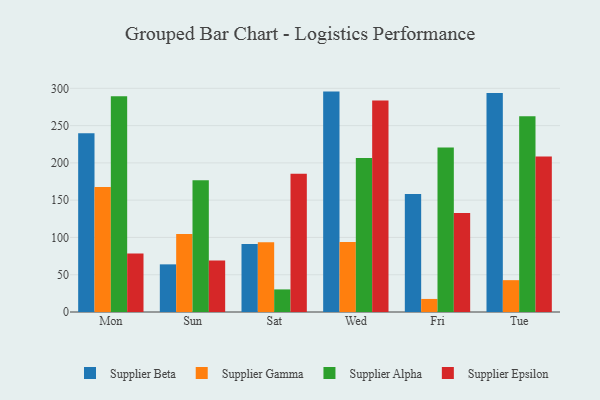
{"axis": {"x": "Day", "y": "Page Views"}, "legend": ["Supplier Alpha", "Supplier Beta", "Supplier Epsilon", "Supplier Gamma"], "data": [{"x": "Mon", "y": 239.9, "type": "Supplier Beta"}, {"x": "Mon", "y": 167.5, "type": "Supplier Gamma"}, {"x": "Mon", "y": 289.3, "type": "Supplier Alpha"}, {"x": "Mon", "y": 78.3, "type": "Supplier Epsilon"}, {"x": "Sun", "y": 63.9, "type": "Supplier Beta"}, {"x": "Sun", "y": 104.7, "type": "Supplier Gamma"}, {"x": "Sun", "y": 176.7, "type": "Supplier Alpha"}, {"x": "Sun", "y": 69.2, "type": "Supplier Epsilon"}, {"x": "Sat", "y": 91.3, "type": "Supplier Beta"}, {"x": "Sat", "y": 93.4, "type": "Supplier Gamma"}, {"x": "Sat", "y": 30.3, "type": "Supplier Alpha"}, {"x": "Sat", "y": 185.4, "type": "Supplier Epsilon"}, {"x": "Wed", "y": 295.6, "type": "Supplier Beta"}, {"x": "Wed", "y": 93.8, "type": "Supplier Gamma"}, {"x": "Wed", "y": 206.5, "type": "Supplier Alpha"}, {"x": "Wed", "y": 283.7, "type": "Supplier Epsilon"}, {"x": "Fri", "y": 158.3, "type": "Supplier Beta"}, {"x": "Fri", "y": 17.5, "type": "Supplier Gamma"}, {"x": "Fri", "y": 220.6, "type": "Supplier Alpha"}, {"x": "Fri", "y": 132.8, "type": "Supplier Epsilon"}, {"x": "Tue", "y": 293.7, "type": "Supplier Beta"}, {"x": "Tue", "y": 42.7, "type": "Supplier Gamma"}, {"x": "Tue", "y": 262.7, "type": "Supplier Alpha"}, {"x": "Tue", "y": 208.4, "type": "Supplier Epsilon"}]}